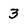
Character: 3